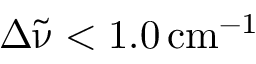
\Delta { \tilde { \upnu } } < 1 . 0 \, \mathrm { c m } ^ { - 1 }